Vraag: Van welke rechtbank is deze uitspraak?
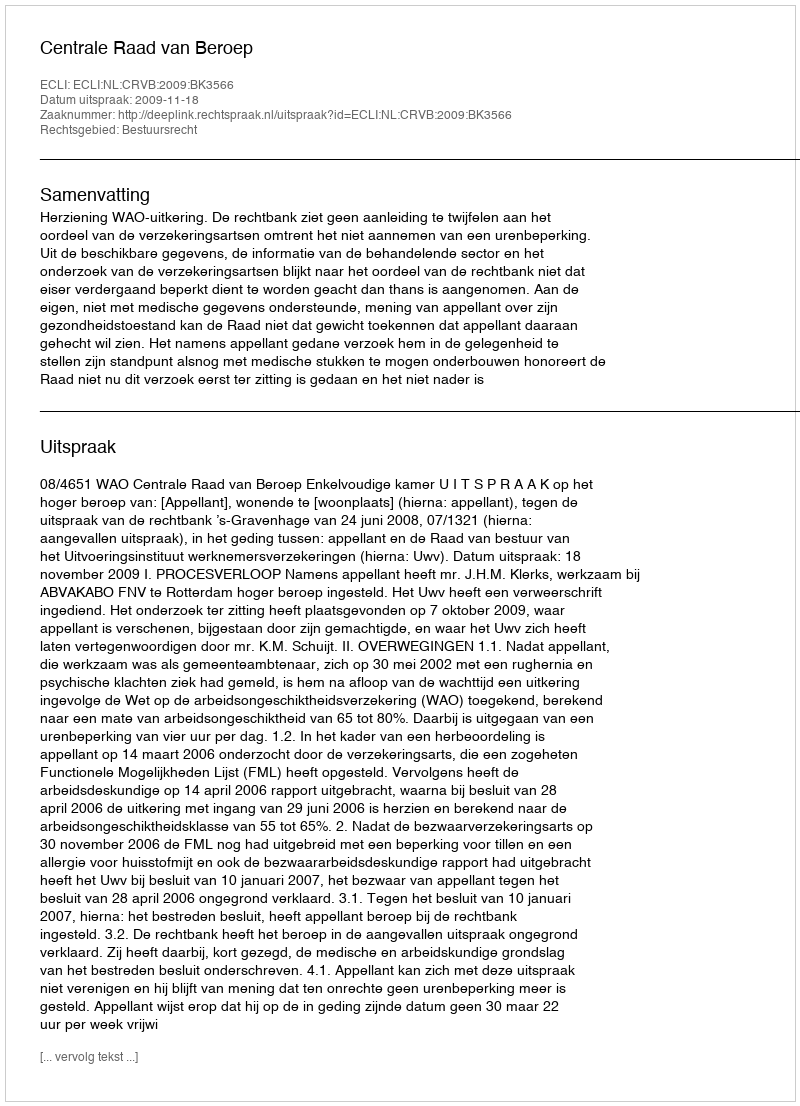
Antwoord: Centrale Raad van Beroep